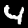
Digit: 4